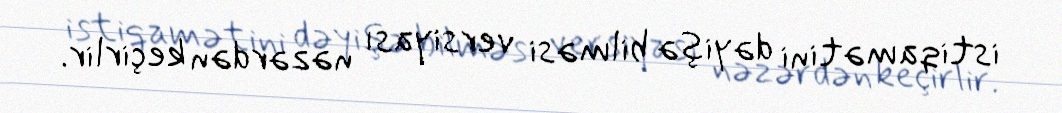
istiqamətini dəyişə bilməsi versiyası nəzərdən keçirlir.